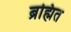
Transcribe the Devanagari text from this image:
ब्रह्मित